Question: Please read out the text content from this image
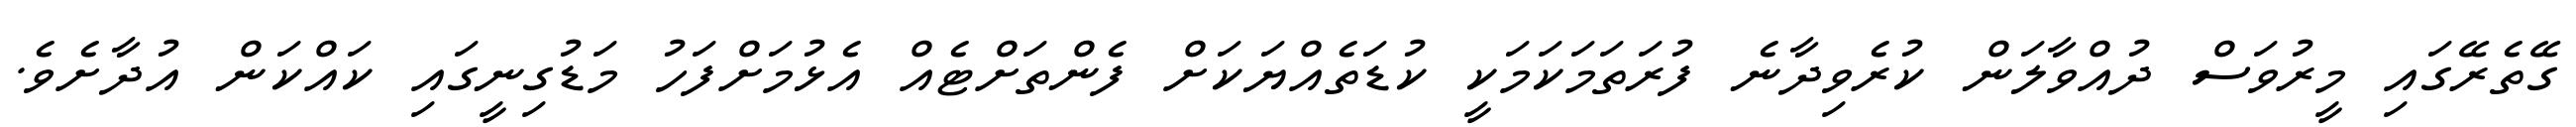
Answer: ގޭތެރޭގައި މީރުވަސް ދުއްވާލަން ކުރެވިދާނެ ފުރަތަމަކަމަކީ ކުޑަތެއްޔަކަށް ފެންތަށްޓެއް އެޅުމަށްފަހު މަޑުގިނީގައި ކައްކަން އުދާށެވެ.